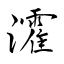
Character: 瀖